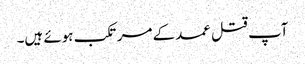
آپ قتل عمد کے مرتکب ہوئے ہیں۔